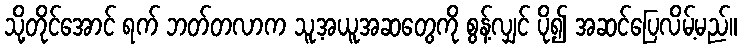
သို့တိုင်အောင် ရက် ဘတ်တလာက သူ့အယူအဆတွေကို စွန့်လျှင် ပို၍ အဆင်ပြေလိမ့်မည်။